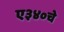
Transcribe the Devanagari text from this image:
ए३४०चे